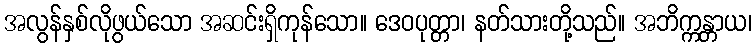
အလွန်နှစ်လိုဖွယ်သော အဆင်းရှိကုန်သော။ ဒေဝပုတ္တာ၊ နတ်သားတို့သည်။ အဘိက္ကန္တာယ၊